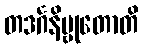
တဒင်္ဂနိဗ္ဗုတောတိ